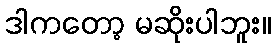
ဒါကတော့ မဆိုးပါဘူး။